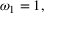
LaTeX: \omega _ { 1 } = 1 ,